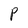
Character: P